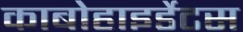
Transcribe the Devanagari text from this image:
काबोहाइर्डेटस